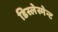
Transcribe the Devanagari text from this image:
डिस्लेस्मेन्ट